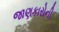
જાણકારોની